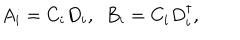
A _ { i } = C _ { i } D _ { i } , \ \ B _ { i } = C _ { i } D _ { i } ^ { \dagger } ,